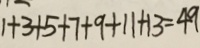
1 + 3 + 5 + 7 + 9 + 1 1 + 1 3 = 4 9